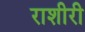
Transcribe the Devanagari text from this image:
राशीरी